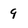
Character: 9